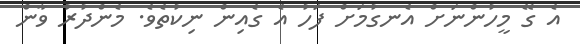
އެ ގޭ މީހުންނަށް އެނގުމަށް ފަހު އެ ގެއިން ނިކުތެވެ. މެންދުރު ވާން